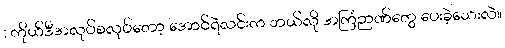
: ကိုယ်ဒီအလုပ်စလုပ်တော့ အောင်ရဲလင်းက ဘယ်လို အကြံဉာဏ်တွေ ပေးခဲ့သေးလဲ။